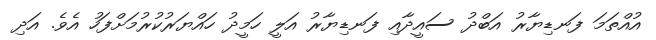
އުއްތަމަ ފަނޑިޔާރު އަބްދު ސައީދާއި ފަނޑިޔާރު އަލީ ހަމީދު ހައްޔަރުކުރުމަށްފަހު އެވެ. އަދި